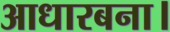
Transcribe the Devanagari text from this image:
आधारबना।